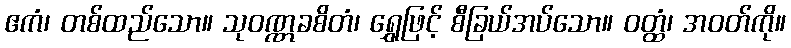
ဧကံ၊ တစ်ထည်သော။ သုဝဏ္ဏခစိတံ၊ ရွှေဖြင့် စီခြယ်အပ်သော။ ဝတ္ထံ၊ အဝတ်ကို။